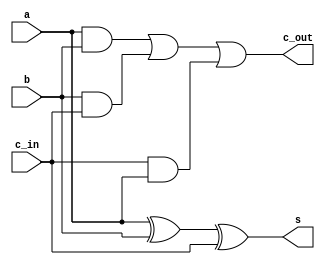
`timescale 1ns / 1ps
//////////////////////////////////////////////////////////////////////////////////
// Company: 
// Engineer: 
// 
// Design Name: 
// Module Name: FA
// Project Name: 
// Target Devices: 
// Tool Versions: 
// Description: 
// 
// Dependencies: 
// 
// Revision:
// Revision 0.01 - File Created
// Additional Comments:
// 
//////////////////////////////////////////////////////////////////////////////////


module FA(a, b, c_in, s, c_out);
    input a, b, c_in;
    output s, c_out;
    
    assign s = a ^ b ^ c_in;
    assign c_out = (a & b) | (b & c_in) | (c_in & a);
endmodule